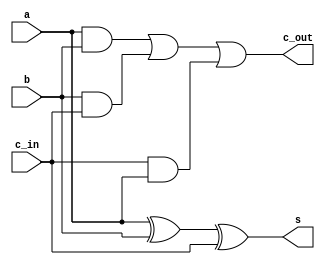
`timescale 1ns / 1ps
//////////////////////////////////////////////////////////////////////////////////
// Company: 
// Engineer: 
// 
// Design Name: 
// Module Name: FA
// Project Name: 
// Target Devices: 
// Tool Versions: 
// Description: 
// 
// Dependencies: 
// 
// Revision:
// Revision 0.01 - File Created
// Additional Comments:
// 
//////////////////////////////////////////////////////////////////////////////////


module FA(a, b, c_in, s, c_out);
    input a, b, c_in;
    output s, c_out;
    
    assign s = a ^ b ^ c_in;
    assign c_out = (a & b) | (b & c_in) | (c_in & a);
endmodule